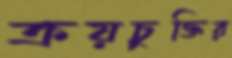
ক্রয়চুক্তির